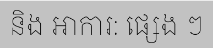
និង ឤការ: ផ្សេង ៗ